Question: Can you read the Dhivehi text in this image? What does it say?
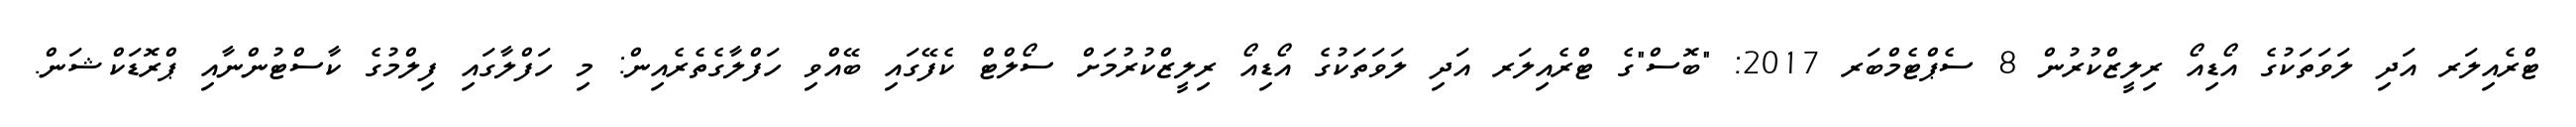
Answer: ޓްރެއިލަރ އަދި ލަވަތަކުގެ އޯޑިއޯ ރިލީޒްކުރުން 8 ސެޕްޓެމްބަރ 2017: "ބޮސް"ގެ ޓްރެއިލަރ އަދި ލަވަތަކުގެ އޯޑިއޯ ރިލީޒްކުރުމަށް ސޯލްޓް ކެފޭގައި ބޭއްވި ހަފްލާގެތެރެއިން: މި ހަފްލާގައި ފިލްމުގެ ކާސްޓުންނާއި ޕްރޮޑަކްޝަން.